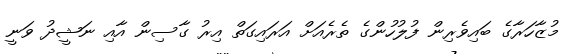
މުޒާހަރާގެ ބައިވެރިން ފުލުހުންގެ ތެރެއަށް އަރައިގަތް އިރު ގާސިން އާއި ނަޝީދު ވަނީ